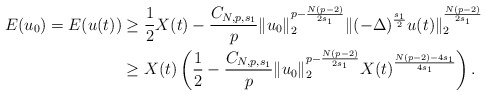
\begin{align*}E(u_0)=E(u(t))& \geq \frac{1}{2}X(t)-\frac{C_{N,p,s_1}}{p}\|u_0\|_2^{p-\frac{N(p-2)}{2s_1}}\|(-\Delta)^{\frac{s_1}{2}}u(t)\|_{2}^{\frac{N(p-2)}{2s_1}}\\& \geq X(t)\left(\frac{1}{2}-\frac{C_{N,p,s_1}}{p}\|u_0\|_2^{p-\frac{N(p-2)}{2s_1}}X(t)^{\frac{N(p-2)-4s_1}{4s_1}}\right).\end{align*}